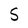
Character: S